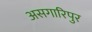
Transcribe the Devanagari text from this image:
असगारिपुर